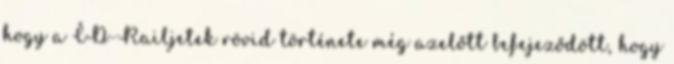
hogy a ČD-Railjetek rövid története még azelőtt befejeződött, hogy